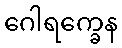
ဂေါရက္ခေန